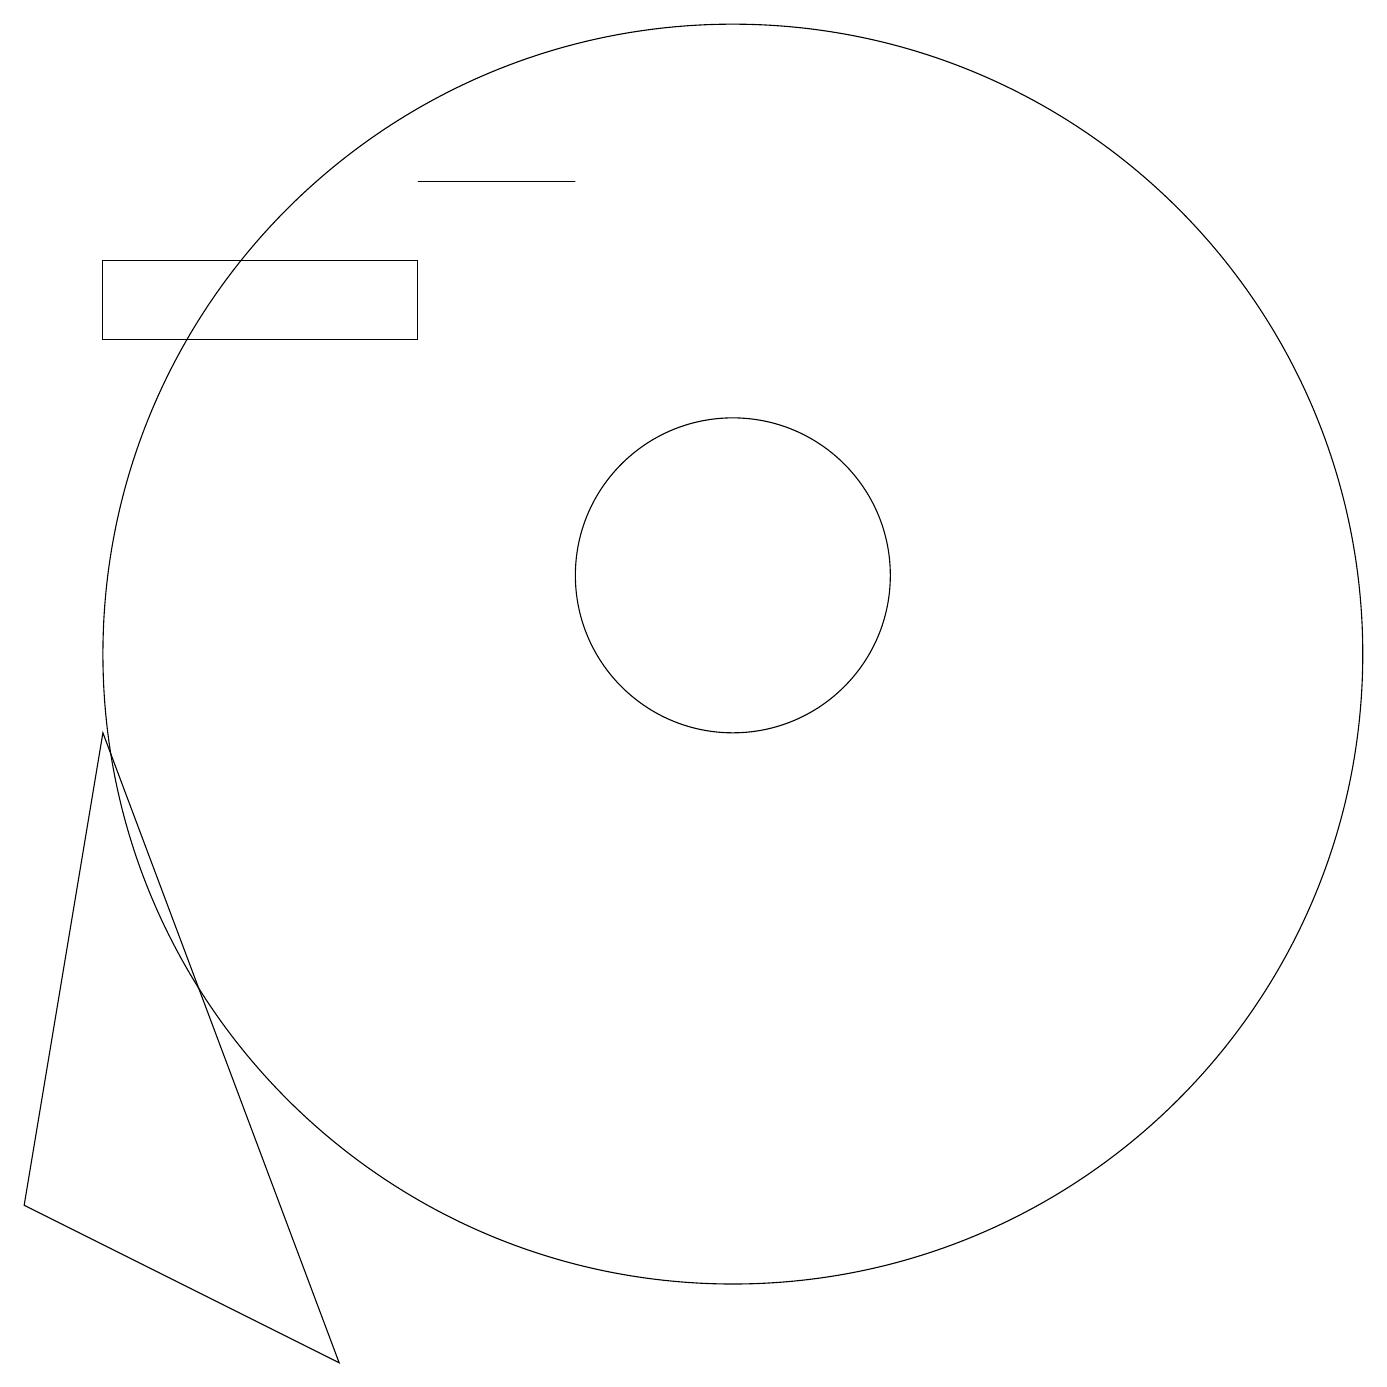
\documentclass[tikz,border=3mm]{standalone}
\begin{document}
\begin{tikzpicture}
\draw (11,10) circle (8);
\draw (7,16) rectangle (9,16);
\draw (3,9) -- (2,3) -- (6,1) -- cycle;
\draw (11,11) circle (2);
\draw (7,14) rectangle (3,15);
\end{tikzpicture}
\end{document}